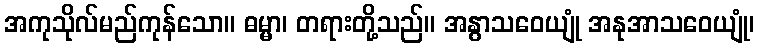
အကုသိုလ်မည်ကုန်သော။ ဓမ္မာ၊ တရားတို့သည်။ အနွာသဝေယျုံ အနုအာသဝေယျုံ၊